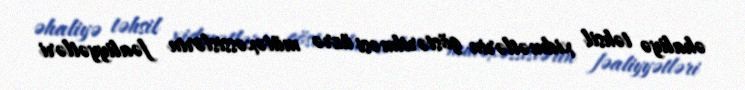
əhaliyə təhsil xidmətlərin göstərilməsi üzrə mütəxəssislərin fəaliyyətləri